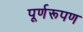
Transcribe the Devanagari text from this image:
पूर्णरूपण